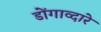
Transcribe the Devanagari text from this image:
डोंगाव्दारे